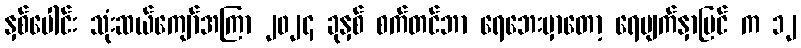
နှစ်ပေါင်း သုံးဆယ်ကျော်အကြာ ၂၀၂၄ ခုနှစ် စက်တင်ဘာ ရေဘေးမှာတော့ ရေမျက်နှာပြင် က ၁၂